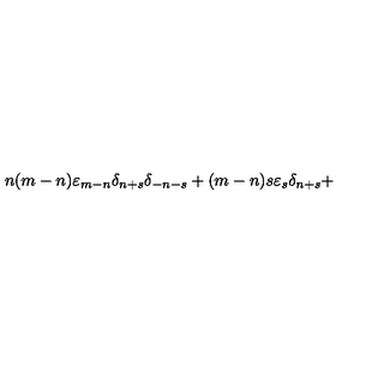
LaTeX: n ( m - n ) { \varepsilon } _ { m - n } { \delta } _ { n + s } { \delta } _ { - n - s } + ( m - n ) s { \varepsilon } _ { s } { \delta } _ { n + s } +